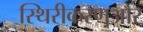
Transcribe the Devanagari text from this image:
स्थिरीकरणऔर